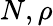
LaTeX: N,\rho